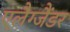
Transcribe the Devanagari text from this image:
एलैग्जैंडर